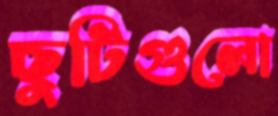
ছুটিগুলো